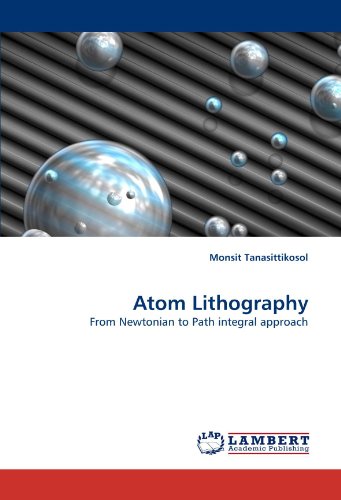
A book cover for Atom Lithography: From Newtonian to  Path integral approach; Monsit Tanasittikosol; Arts & Photography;